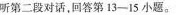
听第二段对话.回答第 13-ì5 小题.